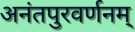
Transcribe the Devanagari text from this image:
अनंतपुरवर्णनम्